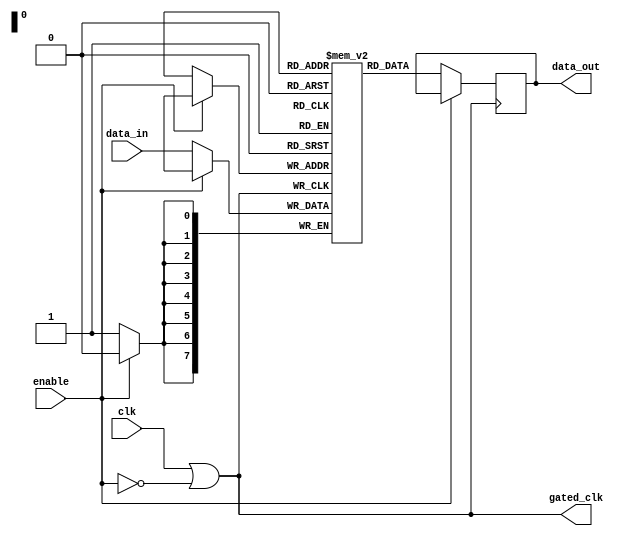
module clock_gating_memory (
    input wire clk,          // Primary clock signal
    input wire enable,       // Control signal to enable/disable memory
    input wire [7:0] data_in, // Data input for memory
    output reg [7:0] data_out, // Data output from memory
    output wire gated_clk    // Gated clock output
);

    // Memory array declaration (8-bit wide, 256 deep for example)
    reg [7:0] memory [0:255];
    reg [7:0] address; // Address input for memory operations

    // Generate gated clock using OR gate
    wire enable_inv; // Inverted enable signal
    assign enable_inv = ~enable; // Invert the enable signal
    assign gated_clk = clk | enable_inv; // Gated clock output

    // Memory operation (example: write and read)
    always @(posedge gated_clk) begin
        if (!enable) begin // Only operate when enable is low (memory active)
            // Example operation: write data to memory
            memory[address] <= data_in; // Write data to memory
            data_out <= memory[address]; // Read data from memory
        end
    end

endmodule